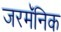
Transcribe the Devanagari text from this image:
जरमॅनिक